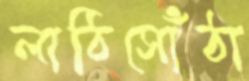
লাঠিসোঁঠা